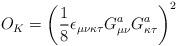
LaTeX: \begin{align*}O_K=\left(\frac18 \epsilon_{\mu\nu\kappa\tau}G^a_{\mu\nu}G^a_{\kappa\tau} \right)^2\end{align*}